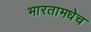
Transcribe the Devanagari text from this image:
भारतामधेच